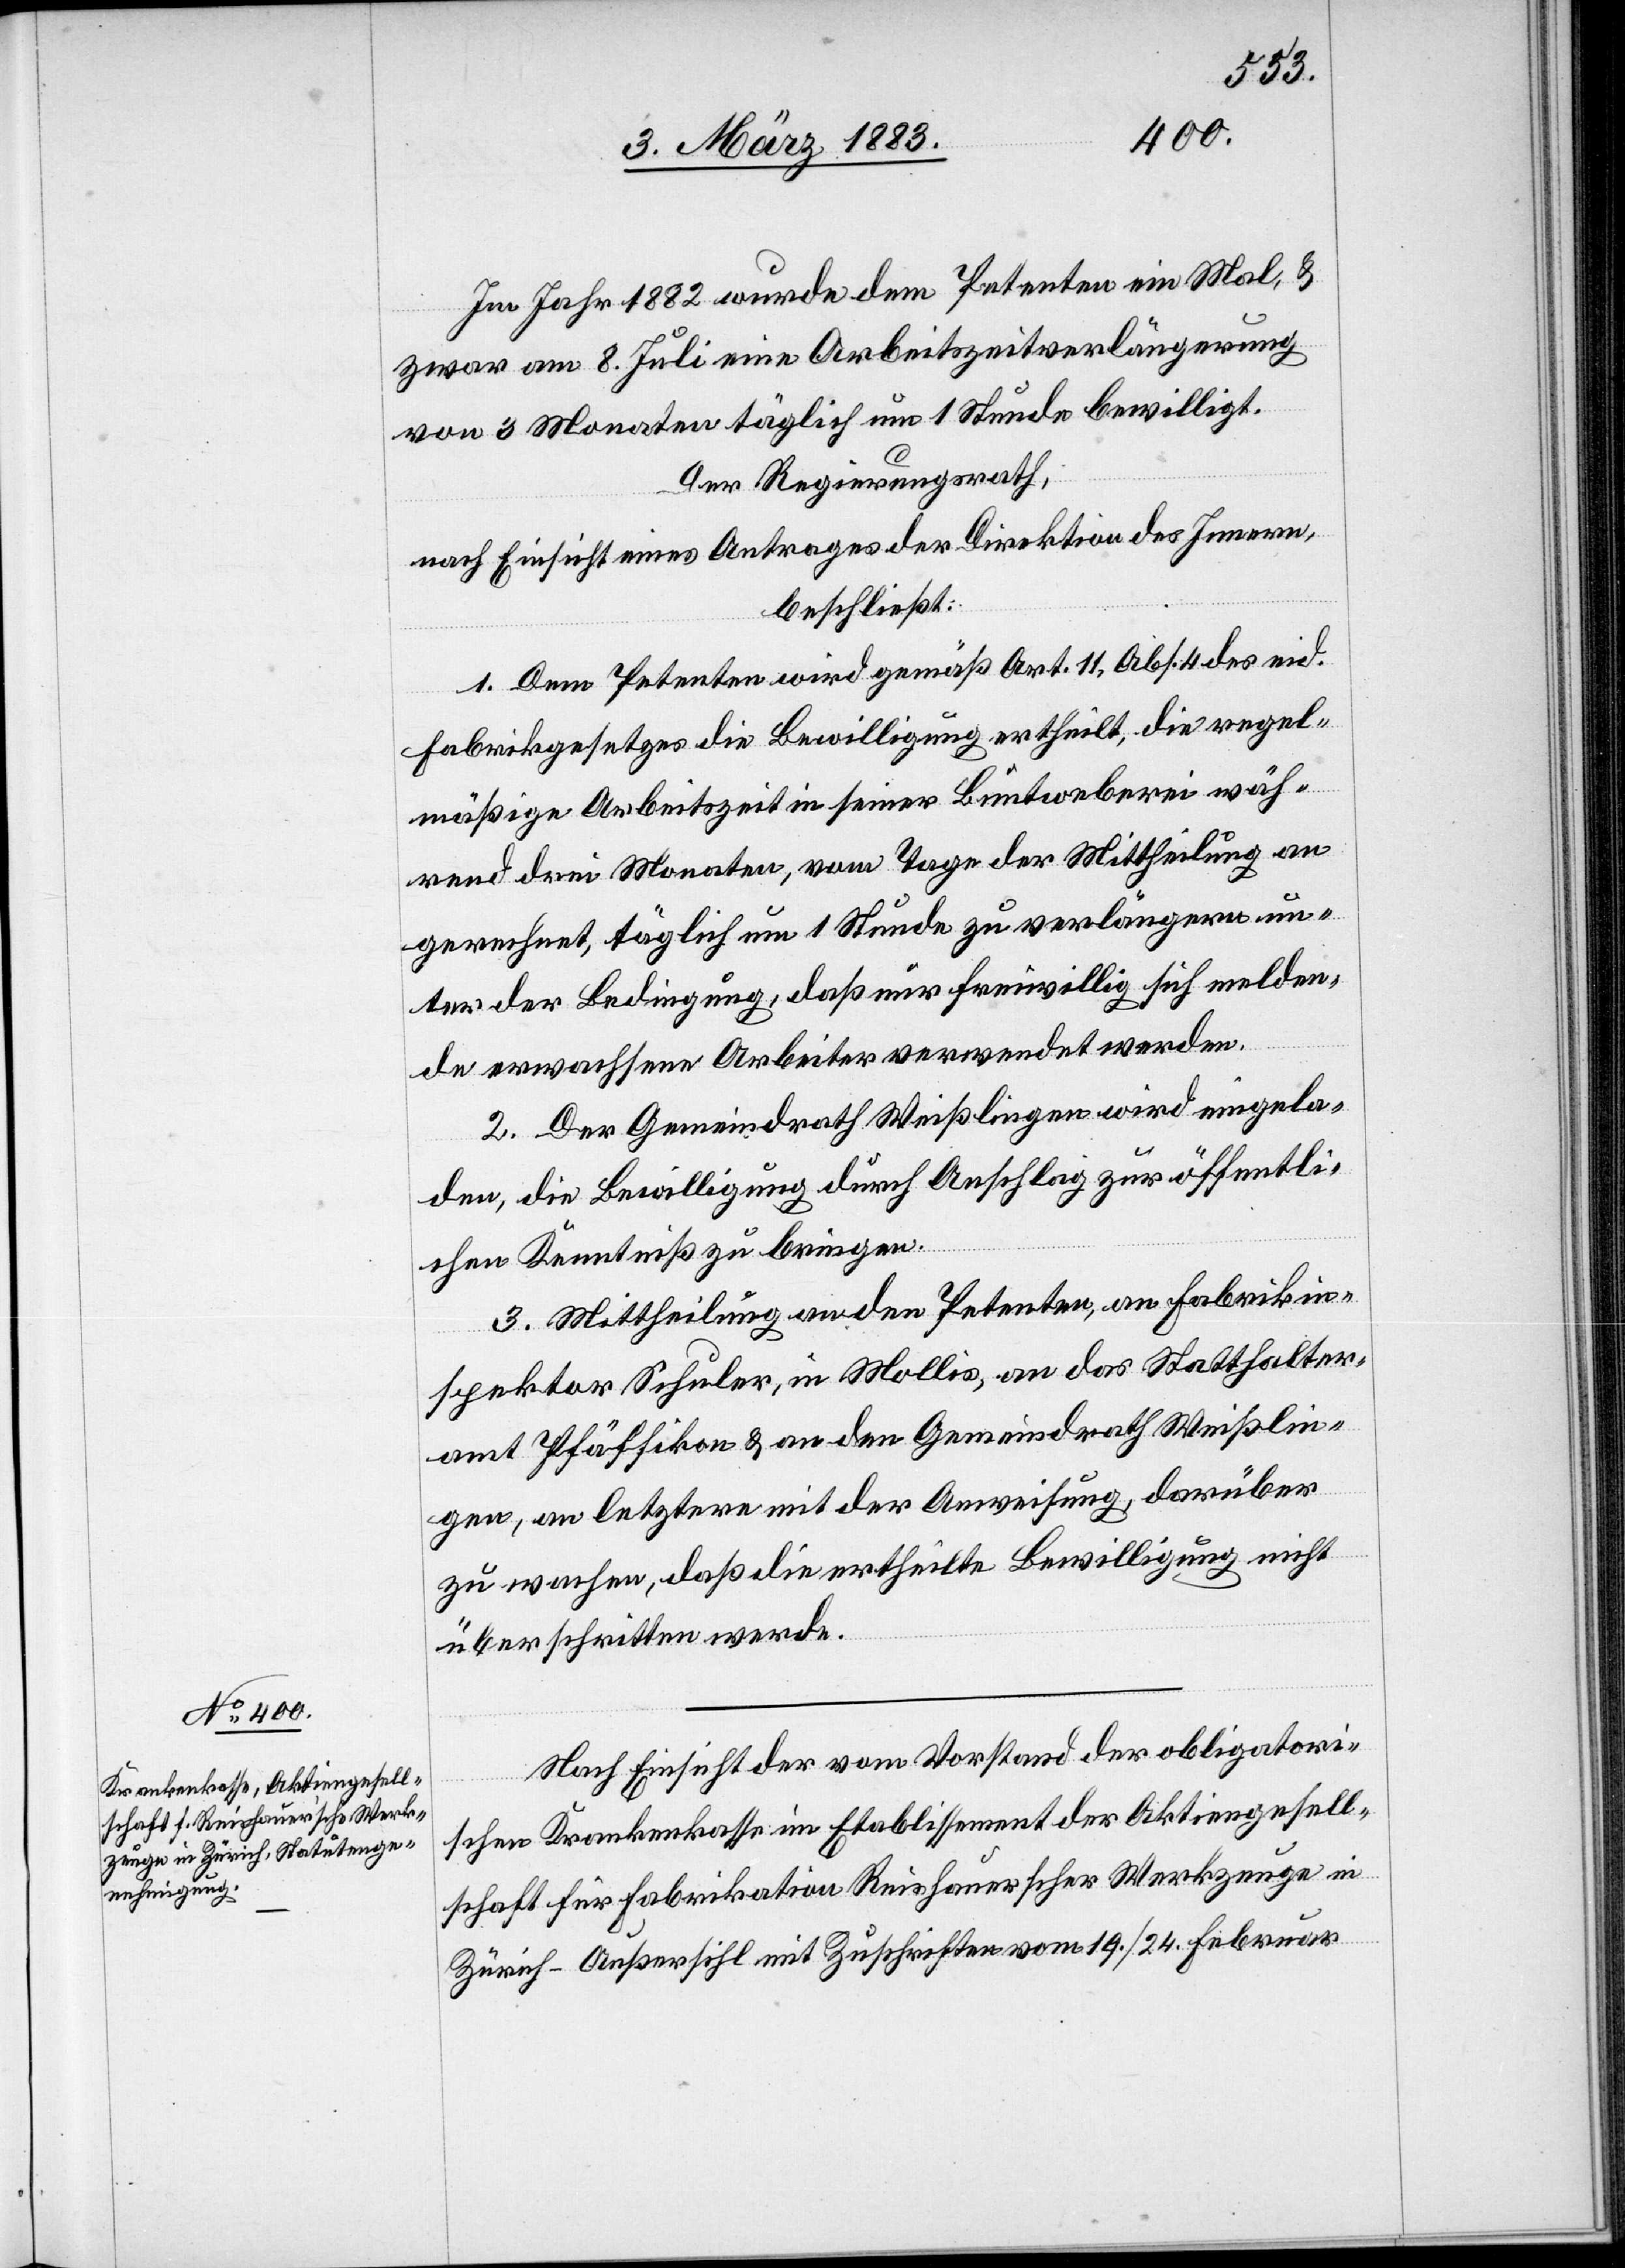
Im Jahr 1882 wurde dem Petenten ein Mal, &
zwar am 8. Juli eine Arbeitszeitverlängerung
von 3 Monaten täglich um 1 Stunde bewilligt.
Der Regierungsrath,
nach Einsicht eines Antrages der Direktion des Innern,
beschließt:
1. Dem Petenten wird gemäß Art. 11, Abs. 4 des eid.
Fabrikgesetzes die Bewilligung ertheilt, die regel¬
mäßige Arbeitszeit in seiner Buntweberei wäh¬
rend 3 Monaten, vom Tage der Mittheilung an
gerechnet, täglich um 1 Stunde zu verlängern un¬
ter der Bedingung, daß nur freiwillig sich melden¬
de erwachsene Arbeiter verwendet werden.
2. Der Gemeindrath Weißlingen wird eingela¬
den, die Bewilligung durch Anschlag zur öffentli¬
chen Kenntniß zu bringen.
3. Mittheilung an den Petenten, an Fabrikin¬
spektor Schuler, in Mollis, an das Statthalter¬
amt Pfäffikon & den Gemeindrath Weißlin¬
gen, an letztere mit der Anweisung, darüber
zu wachen, daß die ertheilte Bewilligung nicht
überschritten werde.
Nach Einsicht der vom Vorstand der obligatori¬
schen Krankenkasse im Etablissement der Aktiengesell¬
schaft für Fabrikation Reishauerscher Werkzeuge in
Zürich-Außersihl mit Zuschriften vom 19./24. Februar